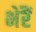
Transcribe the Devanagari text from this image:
भेरैं